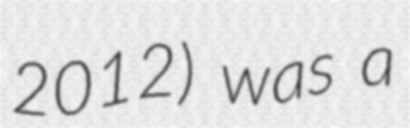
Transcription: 2012) was a